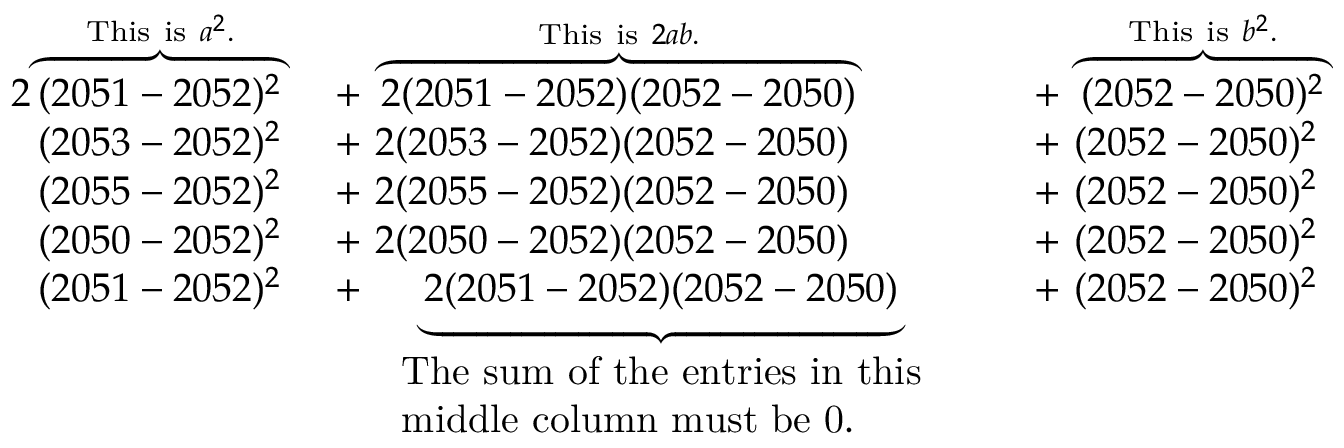
{ \begin{array} { r l r l } { { 2 } \overbrace { ( 2 0 5 1 - 2 0 5 2 ) ^ { 2 } } ^ { { \mathrm { T h i s ~ i s ~ } } a ^ { 2 } . } \ } & { + \ \overbrace { 2 ( 2 0 5 1 - 2 0 5 2 ) ( 2 0 5 2 - 2 0 5 0 ) } ^ { { \mathrm { T h i s ~ i s ~ } } 2 a b . } \ } & & { + \ \overbrace { ( 2 0 5 2 - 2 0 5 0 ) ^ { 2 } } ^ { { \mathrm { T h i s ~ i s ~ } } b ^ { 2 } . } } \\ { ( 2 0 5 3 - 2 0 5 2 ) ^ { 2 } \ } & { + \ 2 ( 2 0 5 3 - 2 0 5 2 ) ( 2 0 5 2 - 2 0 5 0 ) \ } & & { + \ ( 2 0 5 2 - 2 0 5 0 ) ^ { 2 } } \\ { ( 2 0 5 5 - 2 0 5 2 ) ^ { 2 } \ } & { + \ 2 ( 2 0 5 5 - 2 0 5 2 ) ( 2 0 5 2 - 2 0 5 0 ) \ } & & { + \ ( 2 0 5 2 - 2 0 5 0 ) ^ { 2 } } \\ { ( 2 0 5 0 - 2 0 5 2 ) ^ { 2 } \ } & { + \ 2 ( 2 0 5 0 - 2 0 5 2 ) ( 2 0 5 2 - 2 0 5 0 ) \ } & & { + \ ( 2 0 5 2 - 2 0 5 0 ) ^ { 2 } } \\ { ( 2 0 5 1 - 2 0 5 2 ) ^ { 2 } \ } & { + \ \underbrace { 2 ( 2 0 5 1 - 2 0 5 2 ) ( 2 0 5 2 - 2 0 5 0 ) } _ { \begin{array} { l } { { \mathrm { T h e ~ s u m ~ o f ~ t h e ~ e n t r i e s ~ i n ~ t h i s } } } \\ { { \mathrm { m i d d l e ~ c o l u m n ~ m u s t ~ b e ~ 0 . } } } \end{array} } \ } & & { + \ ( 2 0 5 2 - 2 0 5 0 ) ^ { 2 } } \end{array} }